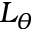
L _ { \theta }